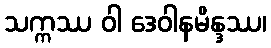
သက္ကဿ ဝါ ဒေဝါနမိန္ဒဿ၊